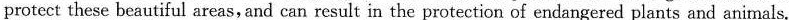
protect these beautiful areas, and can result in the protection of endangered plants and animals.